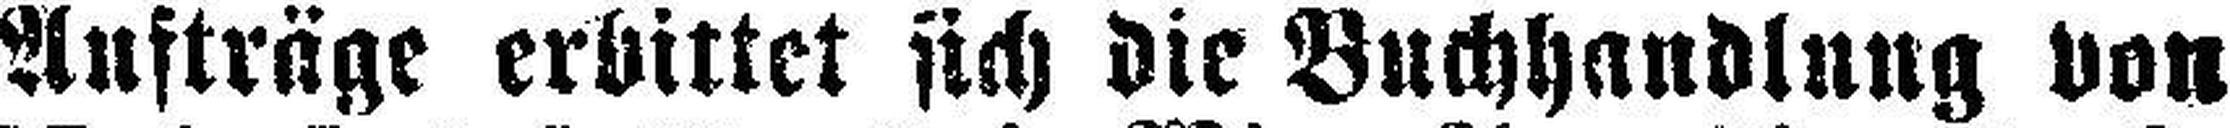
Aufträge erbittet sich die Buchhandlung von